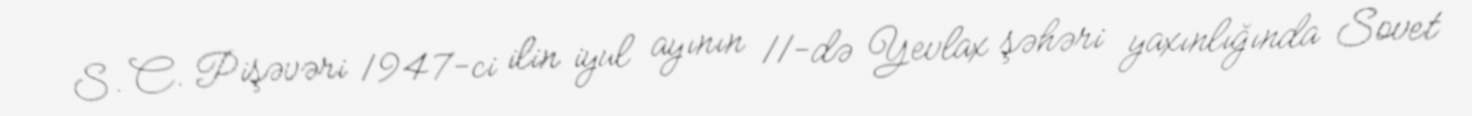
S. C. Pişəvəri 1947-ci ilin iyul ayının 11-də Yevlax şəhəri yaxınlığında Sovet